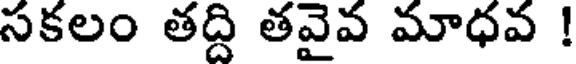
సకలం తద్ది తవైవ మాధవ !